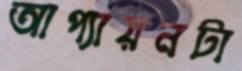
আপ্যায়নটা